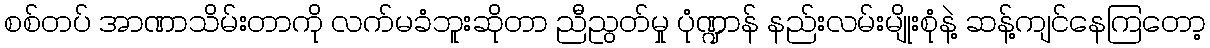
စစ်တပ် အာဏာသိမ်းတာကို လက်မခံဘူးဆိုတာ ညီညွတ်မှု ပုံဏ္ဍာန် နည်းလမ်းမျိုးစုံနဲ့ ဆန့်ကျင်နေကြတော့